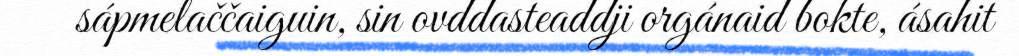
sápmelaččaiguin, sin ovddasteaddji orgánaid bokte, ásahit